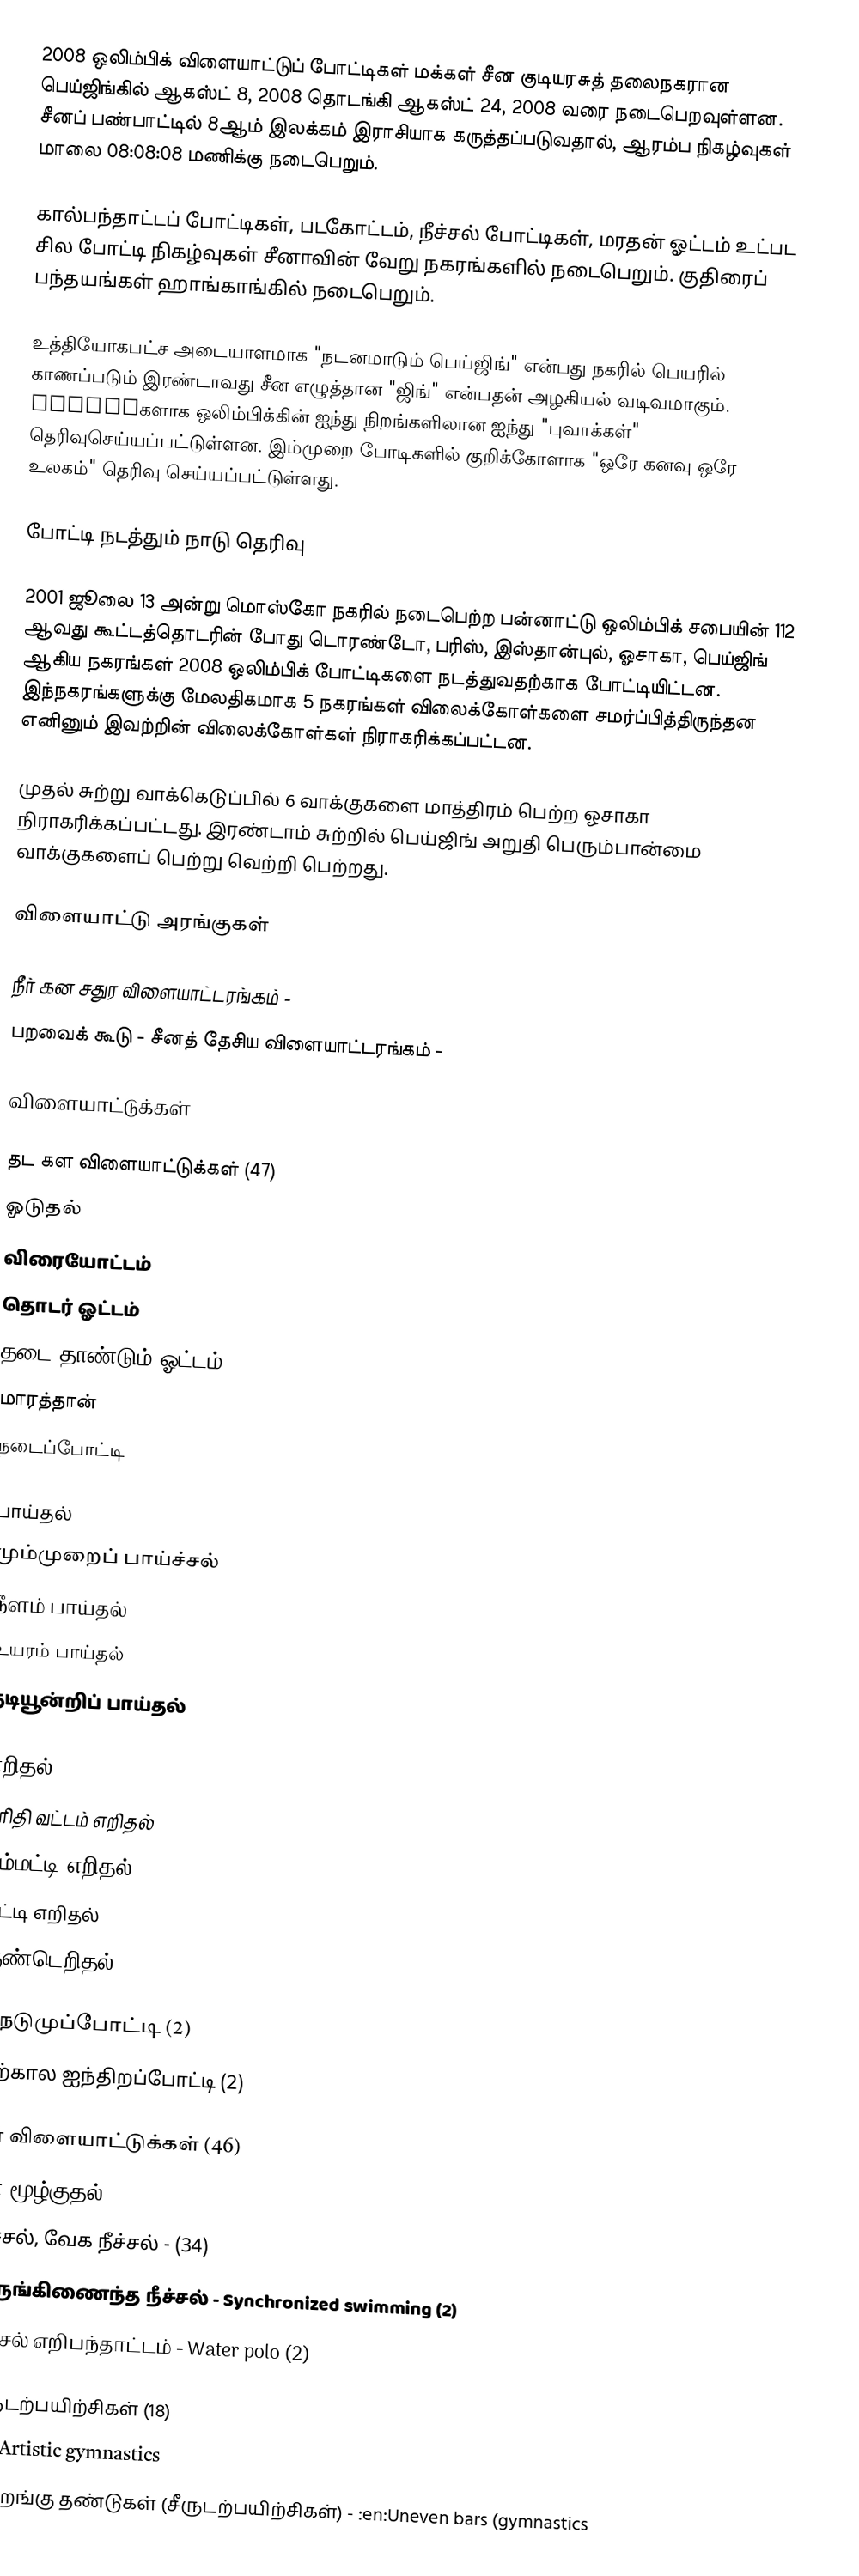
2008 ஒலிம்பிக் விளையாட்டுப் போட்டிகள் மக்கள் சீன குடியரசுத் தலைநகரான பெய்ஜிங்கில் ஆகஸ்ட் 8, 2008 தொடங்கி ஆகஸ்ட் 24, 2008 வரை நடைபெறவுள்ளன. சீனப் பண்பாட்டில் 8ஆம் இலக்கம் இராசியாக கருத்தப்படுவதால், ஆரம்ப நிகழ்வுகள் மாலை 08:08:08 மணிக்கு நடைபெறும்.

கால்பந்தாட்டப் போட்டிகள், படகோட்டம், நீச்சல் போட்டிகள், மரதன் ஓட்டம் உட்பட சில போட்டி நிகழ்வுகள் சீனாவின் வேறு நகரங்களில் நடைபெறும். குதிரைப் பந்தயங்கள் ஹாங்காங்கில் நடைபெறும்.

உத்தியோகபட்ச அடையாளமாக "நடனமாடும் பெய்ஜிங்" என்பது நகரில் பெயரில் காணப்படும் இரண்டாவது சீன எழுத்தான "ஜிங்" என்பதன் அழகியல் வடிவமாகும். mascotகளாக ஒலிம்பிக்கின் ஐந்து நிறங்களிலான ஐந்து "புவாக்கள்" தெரிவுசெய்யப்பட்டுள்ளன. இம்முறை போடிகளில் குறிக்கோளாக "ஒரே கனவு ஒரே உலகம்" தெரிவு செய்யப்பட்டுள்ளது.

போட்டி நடத்தும் நாடு தெரிவு

2001 ஜூலை 13 அன்று மொஸ்கோ நகரில் நடைபெற்ற பன்னாட்டு ஒலிம்பிக் சபையின் 112 ஆவது கூட்டத்தொடரின் போது டொரண்டோ, பரிஸ், இஸ்தான்புல், ஓசாகா, பெய்ஜிங் ஆகிய நகரங்கள் 2008 ஒலிம்பிக் போட்டிகளை நடத்துவதற்காக போட்டியிட்டன. இந்நகரங்களுக்கு மேலதிகமாக 5 நகரங்கள் விலைக்கோள்களை சமர்ப்பித்திருந்தன எனினும் இவற்றின் விலைக்கோள்கள் நிராகரிக்கப்பட்டன.

முதல் சுற்று வாக்கெடுப்பில் 6 வாக்குகளை மாத்திரம் பெற்ற ஓசாகா நிராகரிக்கப்பட்டது. இரண்டாம் சுற்றில் பெய்ஜிங் அறுதி பெரும்பான்மை வாக்குகளைப் பெற்று வெற்றி பெற்றது.

விளையாட்டு அரங்குகள்

  நீர் கன சதுர விளையாட்டரங்கம் -
  பறவைக் கூடு - சீனத் தேசிய விளையாட்டரங்கம் -

விளையாட்டுக்கள்

தட கள விளையாட்டுக்கள் (47)
  ஓடுதல்
  விரையோட்டம்
  தொடர் ஓட்டம்
  தடை தாண்டும் ஓட்டம்
  மாரத்தான்
  நடைப்போட்டி

  பாய்தல்
  மும்முறைப் பாய்ச்சல்
  நீளம் பாய்தல்
  உயரம் பாய்தல்
  தடியூன்றிப் பாய்தல்

  எறிதல்
  பரிதி வட்டம் எறிதல்
  சம்மட்டி எறிதல்
  ஈட்டி எறிதல்
  குண்டெறிதல்

  நெடுமுப்போட்டி (2)
  தற்கால ஐந்திறப்போட்டி (2)

நீர் விளையாட்டுக்கள் (46)
  நீர் மூழ்குதல் - (8)
  நீச்சல், வேக நீச்சல் - (34)
  ஒருங்கிணைந்த நீச்சல் - Synchronized swimming (2)
  நீச்சல் எறிபந்தாட்டம் - Water polo (2)

சீருடற்பயிற்சிகள் (18)
  :en:Artistic gymnastics
  ஏறிறங்கு தண்டுகள் (சீருடற்பயிற்சிகள்) - :en:Uneven bars (gymnastics